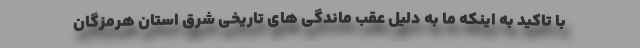
با تاکید به اینکه ما به دلیل عقب ماندگی های تاریخی شرق استان هرمزگان